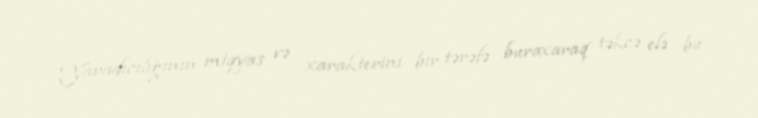
Yaradıcılığının miqyas və xarakterini bir tərəfə buraxaraq təkcə elə bu